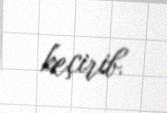
keçirib.